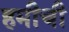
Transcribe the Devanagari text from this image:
हमीची